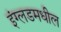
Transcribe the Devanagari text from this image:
इंग्लडमधील